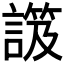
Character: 𧫑